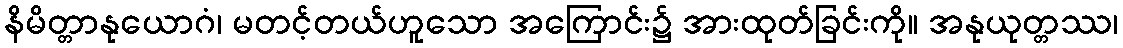
နိမိတ္တာနုယောဂံ၊ မတင့်တယ်ဟူသော အကြောင်း၌ အားထုတ်ခြင်းကို။ အနုယုတ္တဿ၊